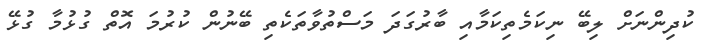
ކުދިންނަށް ލިބޭ ނިކަމެތިކަމާއި ބާރުގަދަ މަސްތުވާތަކެތި ބޭނުން ކުރުމަ އޮތް ގުޅުމާ ގުޅޭ